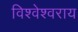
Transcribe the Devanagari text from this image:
विश्वेश्वराय